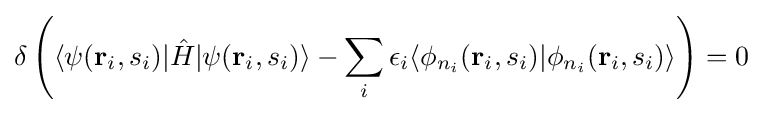
\delta \left(\langle \psi (\mathbf {r} _{i},s_{i})|{\hat {H}}|\psi (\mathbf {r} _{i},s_{i})\rangle -\sum _{i}\epsilon _{i}\langle \phi _{n_{i}}(\mathbf {r} _{i},s_{i})|\phi _{n_{i}}(\mathbf {r} _{i},s_{i})\rangle \right)=0